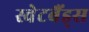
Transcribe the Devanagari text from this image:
स्वेटबैंड्स